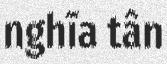
nghĩa tân